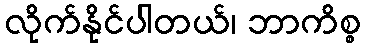
လိုက်နိုင်ပါတယ်၊ ဘာကိစ္စ